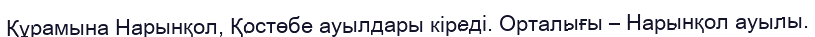
Құрамына Нарынқол, Қостөбе ауылдары кіреді. Орталығы – Нарынқол ауылы.